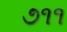
૭૧૧